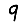
Digit: 9